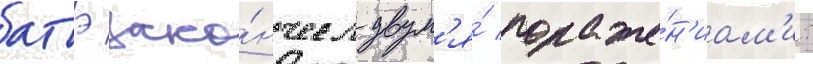
батэ зако́нчил двум'я́ пораже́н'иам'и: